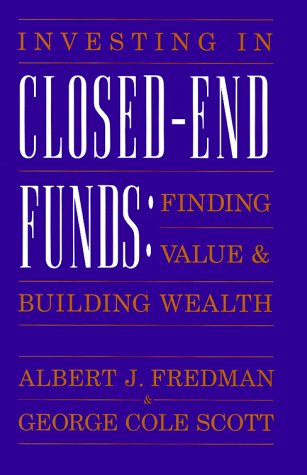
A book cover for Investing in Closed-end Funds: Finding Value & Building Wealth; Albert J. Fredman; Business & Money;